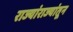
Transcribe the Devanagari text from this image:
राज्यांराज्यांतून